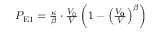
\begin{array} { r } { P _ { \mathrm { E 1 } } = \frac { \kappa } { \beta } \cdot \frac { V _ { \mathrm { 0 } } } { V } \left( 1 - \left( \frac { V _ { \mathbf { 0 } } } { V } \right) ^ { \beta } \right) } \end{array}